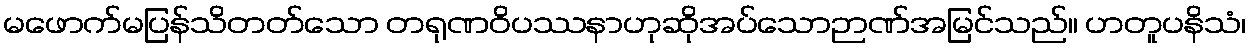
မဖောက်မပြန်သိတတ်သော တရုဏဝိပဿနာဟုဆိုအပ်သောဉာဏ်အမြင်သည်။ ဟတူပနိသံ၊